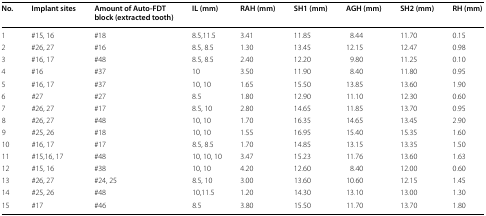
<table><thead><tr><td><b>No.</b></td><td><b>Implant sites</b></td><td><b>Amount of Auto-FDT block (extracted tooth)</b></td><td><b>IL (mm)</b></td><td><b>RAH (mm)</b></td><td><b>SH1 (mm)</b></td><td><b>AGH (mm)</b></td><td><b>SH2 (mm)</b></td><td><b>RH (mm)</b></td></tr></thead><tbody><tr><td>1</td><td>#15, 16</td><td>#18</td><td>8.5,11.5</td><td>3.41</td><td>11.85</td><td>8.44</td><td>11.70</td><td>0.15</td></tr><tr><td>2</td><td>#26, 27</td><td>#16</td><td>8.5, 8.5</td><td>1.30</td><td>13.45</td><td>12.15</td><td>12.47</td><td>0.98</td></tr><tr><td>3</td><td>#16, 17</td><td>#48</td><td>8.5, 8.5</td><td>2.40</td><td>12.20</td><td>9.80</td><td>11.25</td><td>0.10</td></tr><tr><td>4</td><td>#16</td><td>#37</td><td>10</td><td>3.50</td><td>11.90</td><td>8.40</td><td>11.80</td><td>0.95</td></tr><tr><td>5</td><td>#16, 17</td><td>#37</td><td>10, 10</td><td>1.65</td><td>15.50</td><td>13.85</td><td>13.60</td><td>1.90</td></tr><tr><td>6</td><td>#27</td><td>#27</td><td>8.5</td><td>1.80</td><td>12.90</td><td>11.10</td><td>12.30</td><td>0.60</td></tr><tr><td>7</td><td>#26, 27</td><td>#17</td><td>8.5, 10</td><td>2.80</td><td>14.65</td><td>11.85</td><td>13.70</td><td>0.95</td></tr><tr><td>8</td><td>#26, 27</td><td>#48</td><td>10, 10</td><td>1.70</td><td>16.35</td><td>14.65</td><td>13.45</td><td>2.90</td></tr><tr><td>9</td><td>#25, 26</td><td>#18</td><td>10, 10</td><td>1.55</td><td>16.95</td><td>15.40</td><td>15.35</td><td>1.60</td></tr><tr><td>10</td><td>#16, 17</td><td>#17</td><td>8.5, 8.5</td><td>1.70</td><td>14.85</td><td>13.15</td><td>13.35</td><td>1.50</td></tr><tr><td>11</td><td>#15,16, 17</td><td>#48</td><td>10, 10, 10</td><td>3.47</td><td>15.23</td><td>11.76</td><td>13.60</td><td>1.63</td></tr><tr><td>12</td><td>#15, 16</td><td>#38</td><td>10, 10</td><td>4.20</td><td>12.60</td><td>8.40</td><td>12.00</td><td>0.60</td></tr><tr><td>13</td><td>#26, 27</td><td>#24, 25</td><td>8.5, 10</td><td>3.00</td><td>13.60</td><td>10.60</td><td>12.15</td><td>1.45</td></tr><tr><td>14</td><td>#25, 26</td><td>#48</td><td>10,11.5</td><td>1.20</td><td>14.30</td><td>13.10</td><td>13.00</td><td>1.30</td></tr><tr><td>15</td><td>#17</td><td>#46</td><td>8.5</td><td>3.80</td><td>15.50</td><td>11.70</td><td>13.70</td><td>1.80</td></tr></tbody></table>